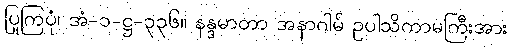
ပြုကြပုံ၊ အံ-၁-ဋ္ဌ-၃၃၆။ နန္ဒမာတာ အနာဂါမ် ဥပါသိကာမကြီးအား